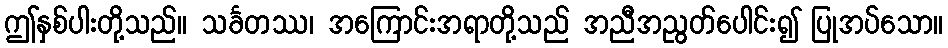
ဤနှစ်ပါးတို့သည်။ သင်္ခတဿ၊ အကြောင်းအရာတို့သည် အညီအညွတ်ပေါင်း၍ ပြုအပ်သော။